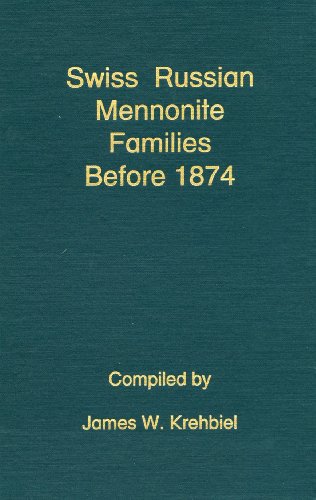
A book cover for Swiss Russian Mennonite Families Before 1874; James W. Krehbiel; Christian Books & Bibles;